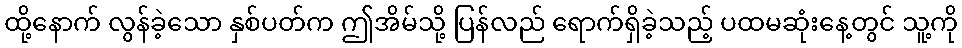
ထို့နောက် လွန်ခဲ့သော နှစ်ပတ်က ဤအိမ်သို့ ပြန်လည် ရောက်ရှိခဲ့သည့် ပထမဆုံးနေ့တွင် သူ့ကို